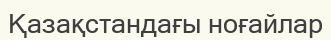
Қазақстандағы ноғайлар